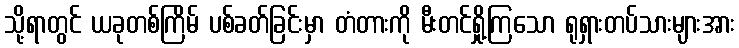
သို့ရာတွင် ယခုတစ်ကြိမ် ပစ်ခတ်ခြင်းမှာ တံတားကို မီးတင်ရှို့ကြသော ရုရှားတပ်သားများအား